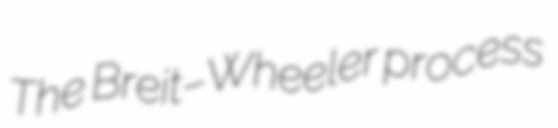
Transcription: The Breit–Wheeler process